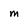
Character: m